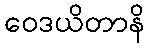
ဝေဒယိတာနိ